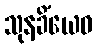
သုနခိံယေဝ